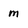
Character: m